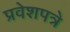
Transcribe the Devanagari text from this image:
प्रवेशपत्रे